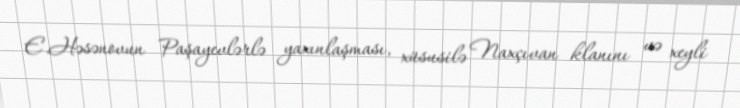
E.Həsənovun Paşayevlərlə yaxınlaşması, xüsusilə Naxçıvan klanını və xeyli